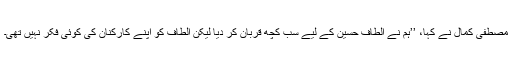
مصطفیٰ کمال نے کہا، ’’ہم نے الطاف حسین کے لیے سب کچھ قربان کر دیا لیکن الطاف کو اپنے کارکنان کی کوئی فکر نہیں تھی۔